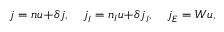
\boldsymbol { j } = n \boldsymbol { u } \! + \! \delta \boldsymbol { j } , \quad \boldsymbol { j } _ { I } = n _ { I } \boldsymbol { u } \! + \! \delta \boldsymbol { j } _ { I } , \quad \boldsymbol { j } _ { E } = { \cal W } \boldsymbol { u } ,